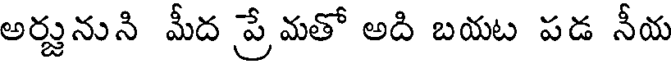
అర్జునుని మీద ప్రే మతో అది బయట పడ నీయ